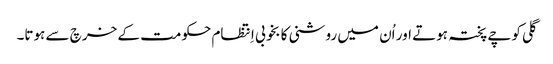
گلی کوچے پختہ ہوتے اور اُن میں روشنی کا بخوبی اِنتظام حکومت کے خرچ سے ہوتا۔